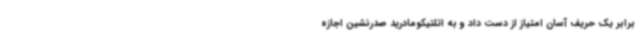
برابر یک حریف آسان امتیاز از دست داد و به اتلتیکومادرید صدرنشین اجازه